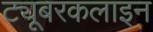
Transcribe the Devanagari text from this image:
ट्यूबरकलाइन